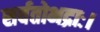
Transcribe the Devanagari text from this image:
सर्वतोभद्राः।